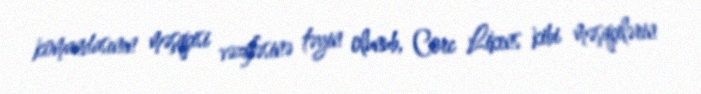
komandasının məşqçisi vəzifəsinə təyin olunub, Corc Likens kibi məşqçilərin